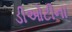
ડીઓટીના